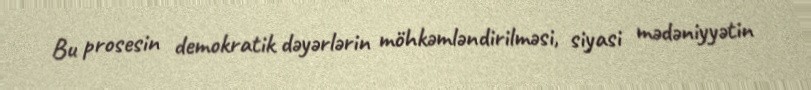
Bu prosesin demokratik dəyərlərin möhkəmləndirilməsi, siyasi mədəniyyətin